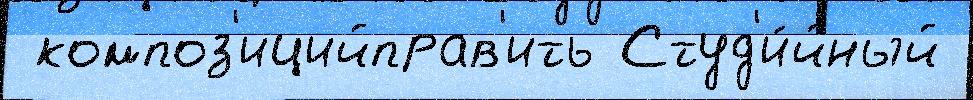
 композ'ицийправ'ить Студ'и́йный